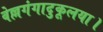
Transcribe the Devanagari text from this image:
वेल्लगंगादुकूलया।